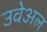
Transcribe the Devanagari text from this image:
उवेअल